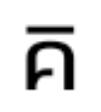
គ